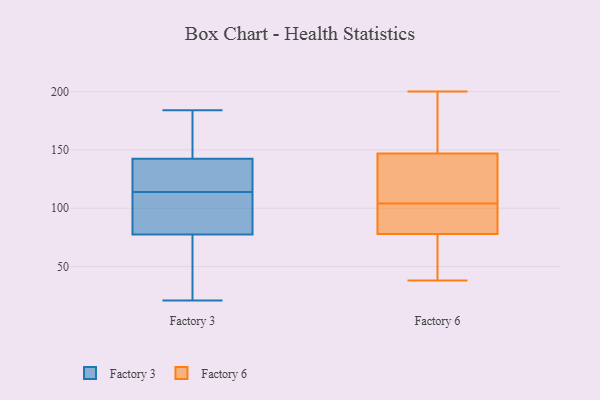
{"axis": {"x": "Bounce Rate (%)", "y": "Value"}, "legend": ["Factory 3", "Factory 6"], "data": [{"x": "", "y": 71, "type": "Factory 3"}, {"x": "", "y": 114, "type": "Factory 3"}, {"x": "", "y": 102, "type": "Factory 3"}, {"x": "", "y": 181, "type": "Factory 3"}, {"x": "", "y": 21, "type": "Factory 3"}, {"x": "", "y": 43, "type": "Factory 3"}, {"x": "", "y": 143, "type": "Factory 3"}, {"x": "", "y": 165, "type": "Factory 3"}, {"x": "", "y": 141, "type": "Factory 3"}, {"x": "", "y": 132, "type": "Factory 3"}, {"x": "", "y": 184, "type": "Factory 3"}, {"x": "", "y": 130, "type": "Factory 3"}, {"x": "", "y": 97, "type": "Factory 3"}, {"x": "", "y": 48, "type": "Factory 3"}, {"x": "", "y": 102, "type": "Factory 3"}, {"x": "", "y": 108, "type": "Factory 6"}, {"x": "", "y": 80, "type": "Factory 6"}, {"x": "", "y": 200, "type": "Factory 6"}, {"x": "", "y": 62, "type": "Factory 6"}, {"x": "", "y": 98, "type": "Factory 6"}, {"x": "", "y": 186, "type": "Factory 6"}, {"x": "", "y": 153, "type": "Factory 6"}, {"x": "", "y": 104, "type": "Factory 6"}, {"x": "", "y": 143, "type": "Factory 6"}, {"x": "", "y": 145, "type": "Factory 6"}, {"x": "", "y": 72, "type": "Factory 6"}, {"x": "", "y": 104, "type": "Factory 6"}, {"x": "", "y": 38, "type": "Factory 6"}]}